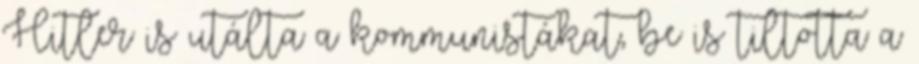
Hitler is utálta a kommunistákat, be is tiltotta a